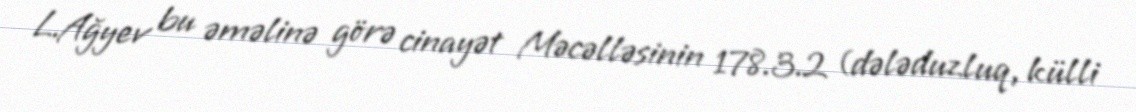
L.Ağyev bu əməlinə görə cinayət Məcəlləsinin 178.3.2 (dələduzluq, külli